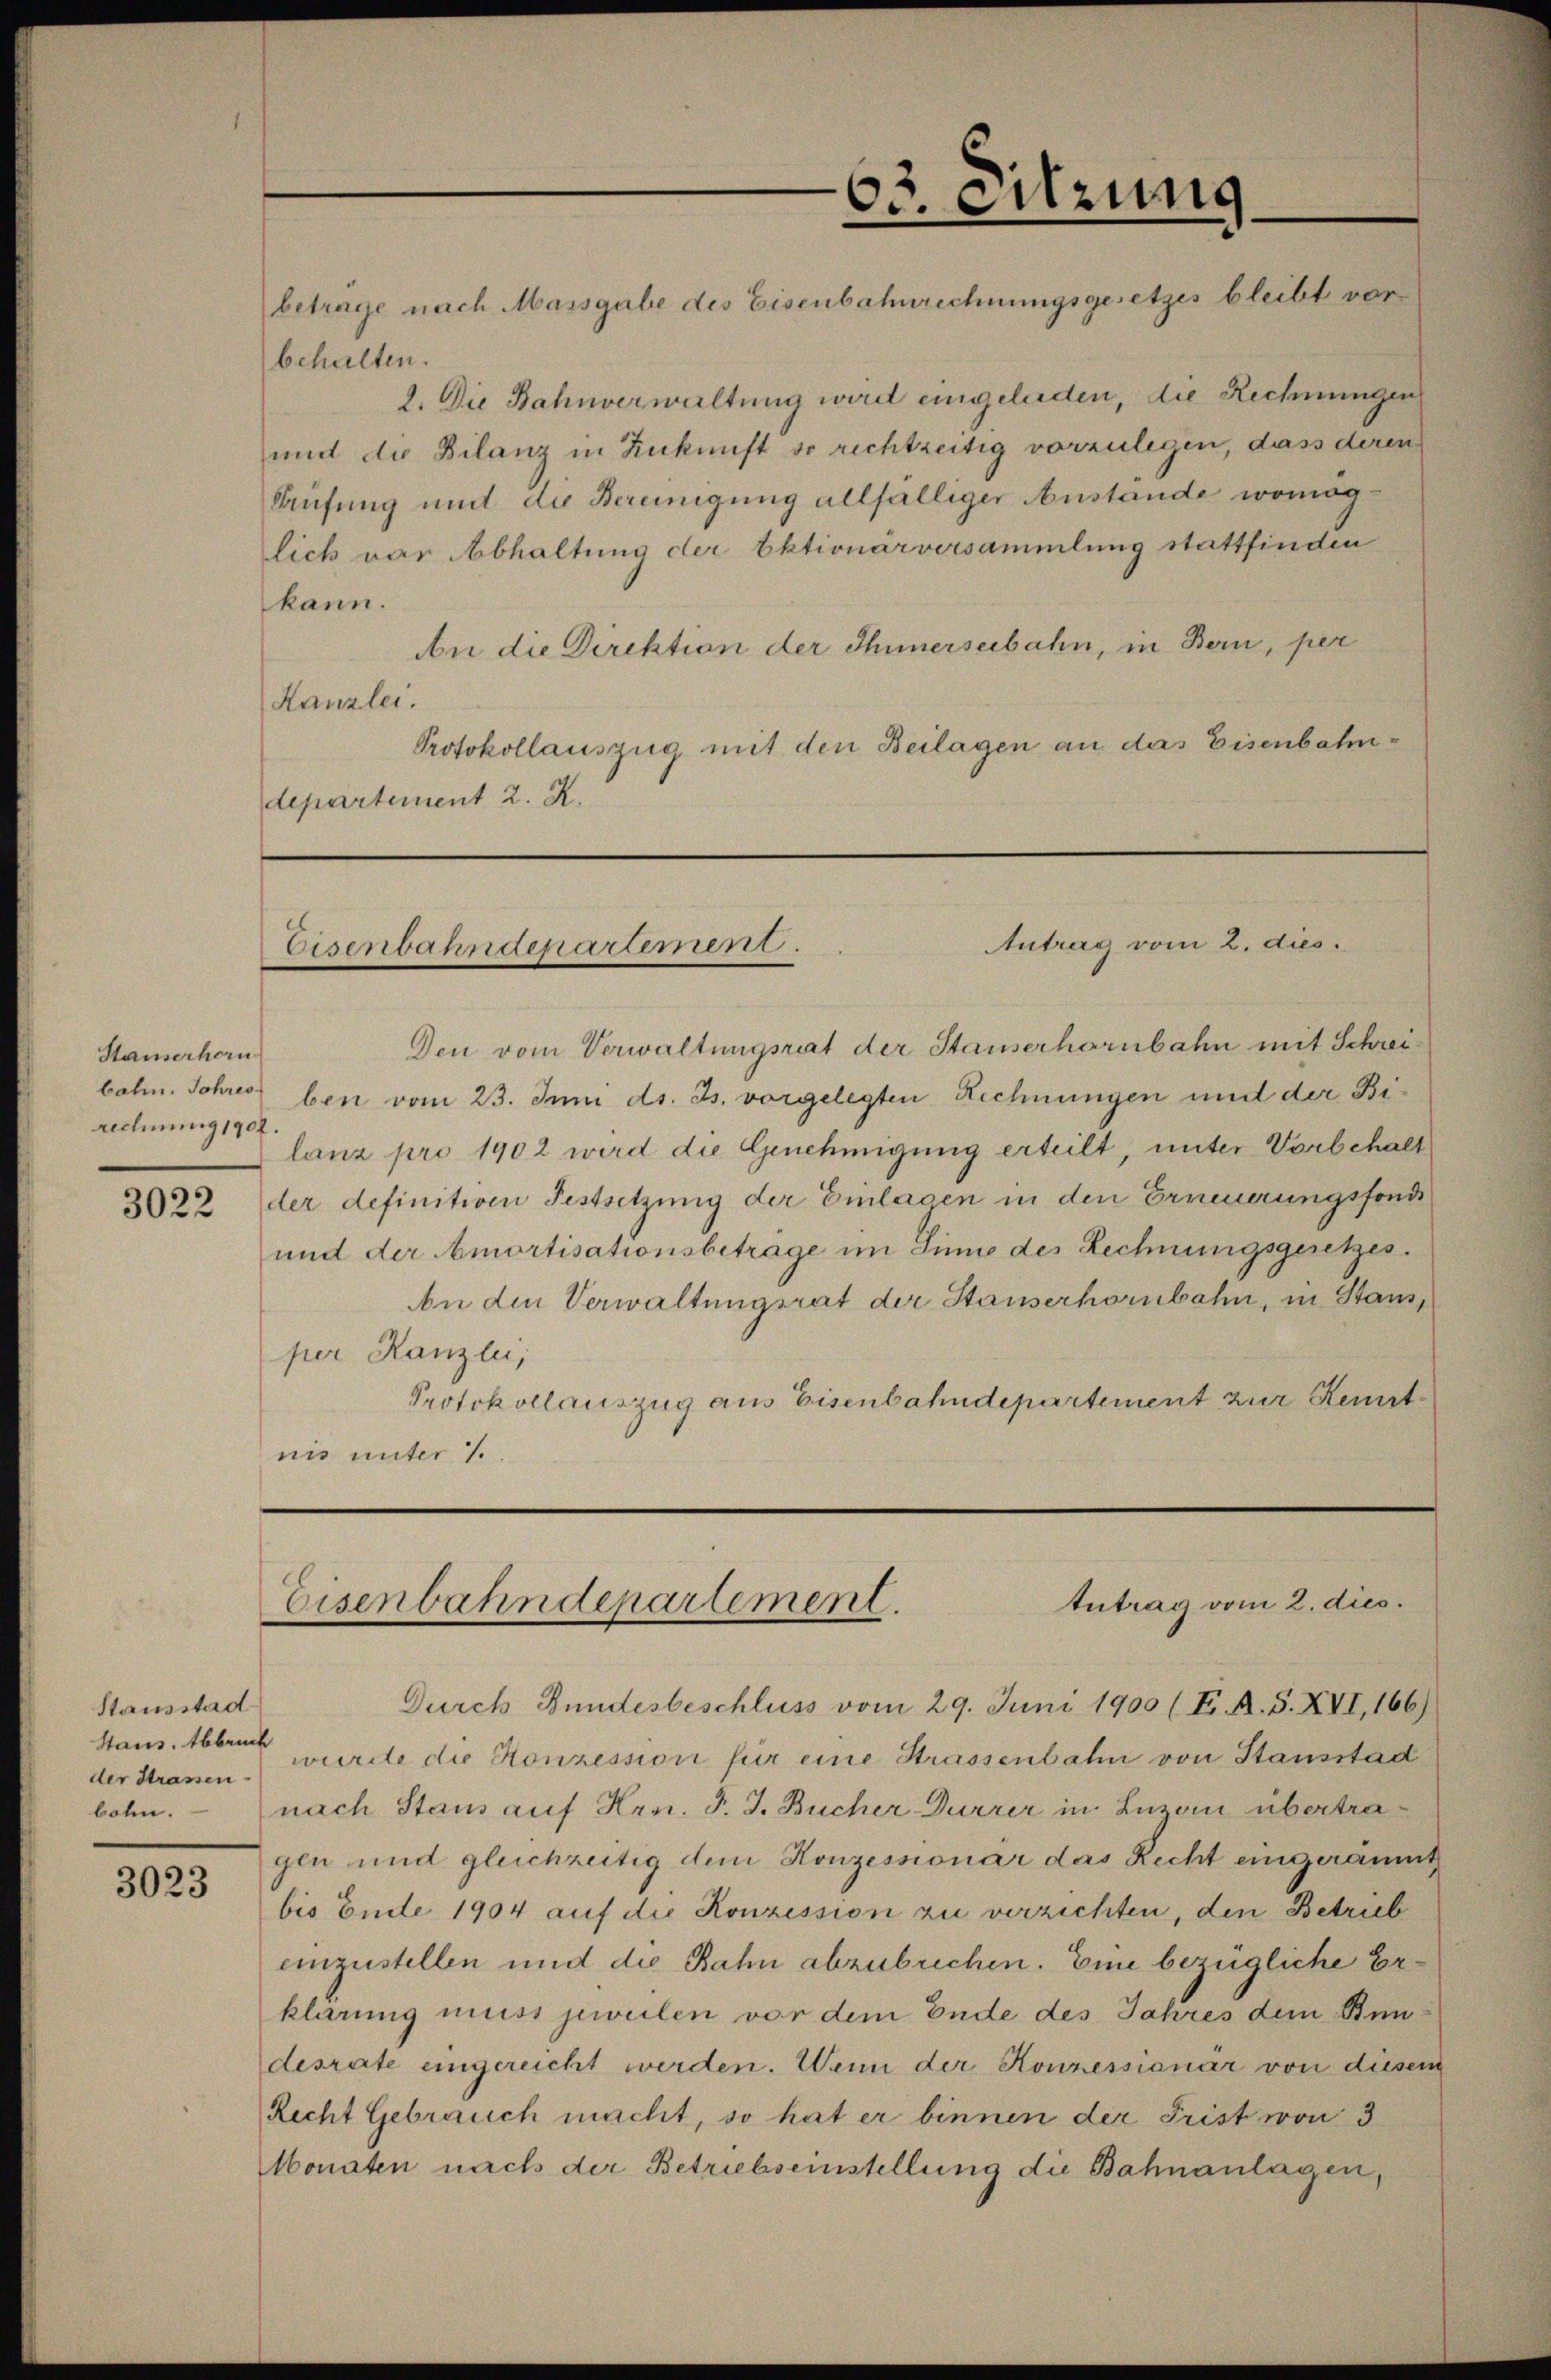
Stauserhorn
bahn. Jahres
rechnung 1902.

3022

Stausstad
Haus. Abbruck
der Strassen
bohn.

3023

behalten.

9. Die Bahnverwaltung wird eingeleiden, die Rechnungen
und de Bilanz in Zukunft so rechtzeitig vorzulegen, dass deren
Prüfung und die Bereinigung allfälliger Anstande womög
lich vor Abhaltung der Aktionärversammlung stattfinden
kann.
An die Direktion der Ihnerseebahn, in Bern, per
Kanzlei.
Protokollauszug mit den Beilagen an das Eisenbahndepartement 2. X.

Den vom Verwaltungsriat der Stauserhörnbahn mit Schreiben vom 23. Juni d. Js. vorgelegten Rechnungen und der Bilanz pro 1902 wird die Genehmigung erteilt, unter Vorbehalt
der definitiven Festsetzung der Einlasen in den Erneuerungsfonds
und der Amortisationsbetrage im Sinne des Rechnungsgesetzes.
An die Verwaltungsrat der Stauserhörnbahn, in Stans
per Kanzlei,
Protokollauszug aus Eisenbahndepartement zur Kenntnis unter 1.

Durch Bundesbeschluss vom 29. Juni 1900 (E. A. S. XVI, 166)
würde die Konzession für eine Strassenbahn von Stausstad
nach Stans auf Hrn. F. J. Bücher Durrer in Luzern übertragen und gleichzeitig dem Konzessionar das Recht eingeräumt
bis Ende 1904 auf die Konzession zu verzichten, den Betrub
einzustellen und die Bahn abzubrechen. Eine bezügliche Erklärung muss jeweilen vor dem Ende des Jahres dem Bundesrate eingereicht werden. Wenn der Konzessionar von diesem
Recht Gebrauch macht, so hat er binnen der Frist von 3
Monaten nach der Betriebseinstellung die Bahnanlagen,

63. Sitzung
betrage nach Massgabe des Eisenbahnrechnungsgesetzes bleibt vor

Antrag vom 2. dies
Eisenbahndepartement.

tntrag vom 2. dies.
Eisenbahndepartement.